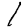
Digit: 1